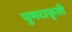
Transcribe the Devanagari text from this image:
घुमटाकृती